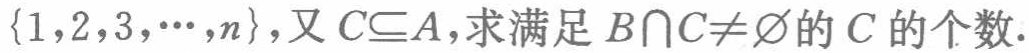
$\{1,2,3,\cdots,n\}$,又$C\subseteq A$,求满足$B\cap C\neq\varnothing$的$C$的个数.